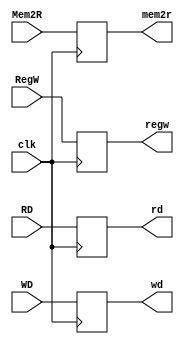
module MEMWB (clk, WD, RD, RegW, Mem2R,
               wd, rd, regw, mem2r);

    input [31:0] WD;
    input [4:0] RD;
    input RegW;
    input Mem2R;
    input clk;

    output reg [31:0] wd;
    output reg [4:0] rd;
    output reg regw;
    output reg mem2r;

    always @(posedge clk) begin
      wd<=WD;
      rd<=RD;
      regw<=RegW;
      mem2r<=Mem2R;
   end 

endmodule